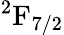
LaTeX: ^2\textrm{F}_{7/2}